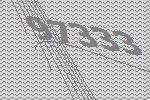
97333